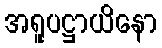
အရူပဋ္ဌာယိနော